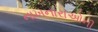
નાખનારાઓની